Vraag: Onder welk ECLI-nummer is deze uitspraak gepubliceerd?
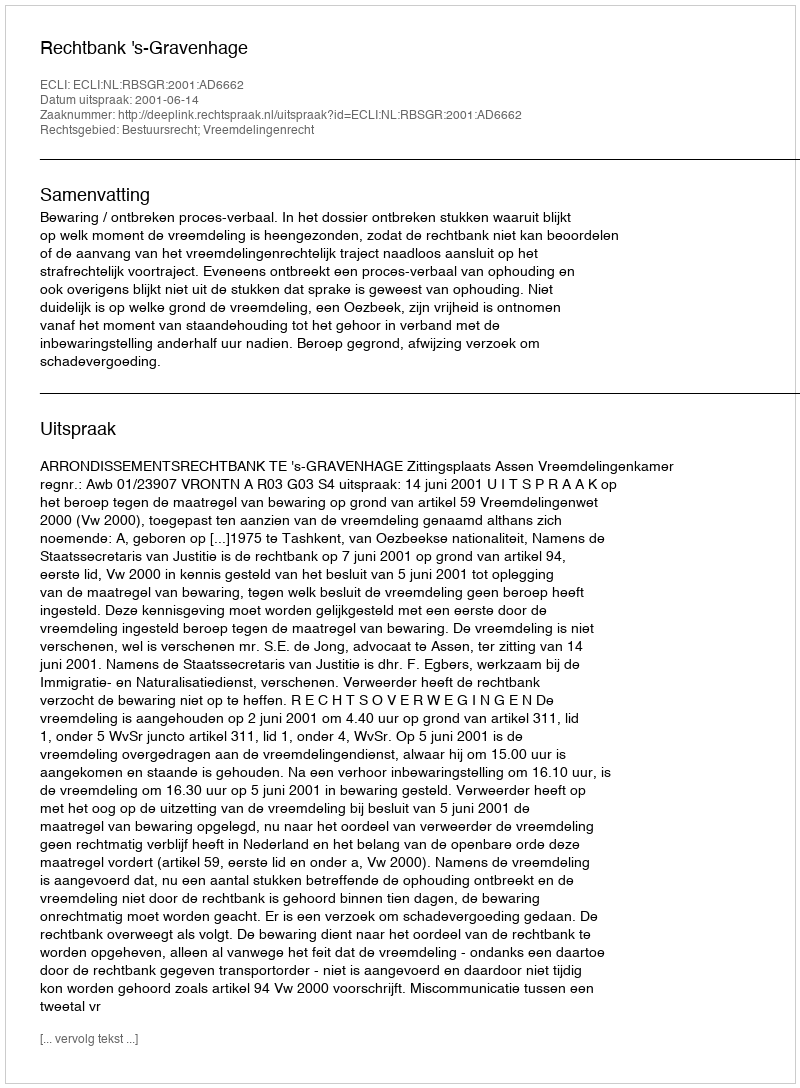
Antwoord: ECLI:NL:RBSGR:2001:AD6662